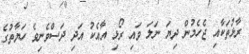
ރާޅުތަކާއި ޖެހެމުން ދިޔަ ނަލަ ވައި ރޯޅި އާއެކު އަދި ދަސްވެނިވެ ހަޔާތުގެ